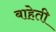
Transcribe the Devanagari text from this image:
बाहेती